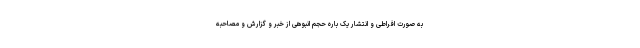
به صورت افراطی و انتشار یک باره حجم انبوهی از خبر و گزارش و مصاحبه